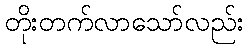
တိုးတက်လာသော်လည်း